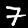
Label: 7